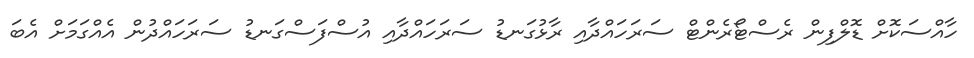
ހާއްސަކޮށް ޑޮލްފިން ރެސްޓޯރެންޓް ސަރަހައްދާއި ރާޅުގަނޑު ސަރަހައްދާއި އުސްފަސްގަނޑު ސަރަހައްދުން އެއްގަމަށް އެބަ